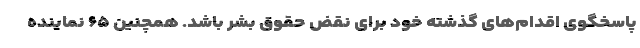
پاسخگوی اقدام‌های گذشته خود برای نقض حقوق بشر باشد. همچنین ۶۵ نماینده